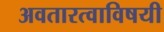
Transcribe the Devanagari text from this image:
अवतारत्वाविषयी